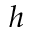
h